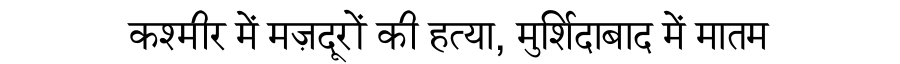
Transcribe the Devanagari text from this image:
कश्मीर में मज़दूरों की हत्या, मुर्शिदाबाद में मातम